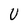
Character: U